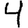
Digit: 4